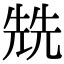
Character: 兟